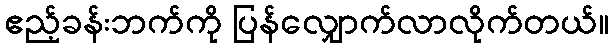
ဧည့်ခန်းဘက်ကို ပြန်လျှောက်လာလိုက်တယ်။